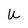
Character: U